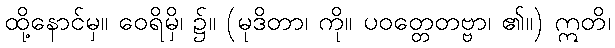
ထို့နောင်မှ။ ဝေရိမှိ၊ ၌။ (မုဒိတာ၊ ကို။ ပဝတ္တေတဗ္ဗာ၊ ၏။) ဣတိ၊